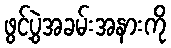
ဖွင့်ပွဲအခမ်းအနားကို